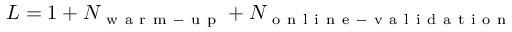
L = 1 + N _ { \mathrm { ~ w ~ a ~ r ~ m ~ - ~ u ~ p ~ } } + N _ { \mathrm { ~ o ~ n ~ l ~ i ~ n ~ e ~ - ~ v ~ a ~ l ~ i ~ d ~ a ~ t ~ i ~ o ~ n ~ } }